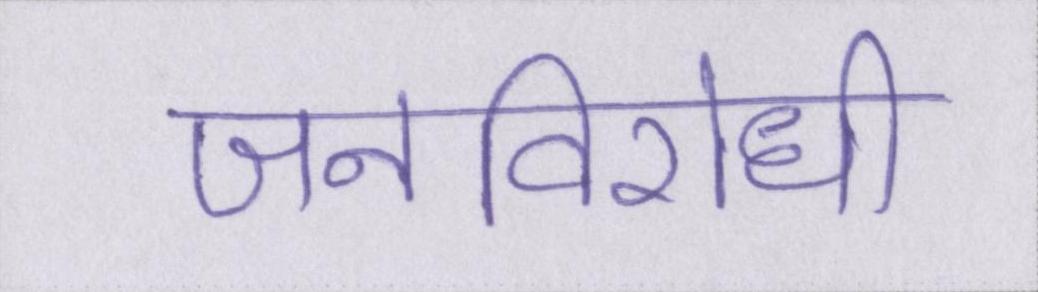
जनविरोधी